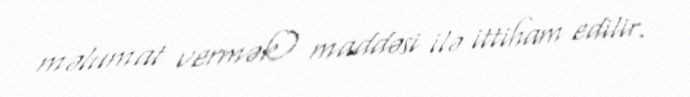
məlumat vermək) maddəsi ilə ittiham edilir.